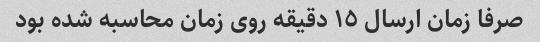
صرفا زمان ارسال ١٥ دقیقه روی زمان محاسبه شده بود